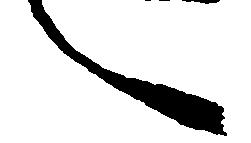
し